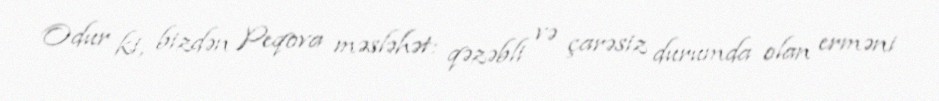
Odur ki, bizdən Peqova məsləhət: qəzəbli və çarəsiz durumda olan erməni